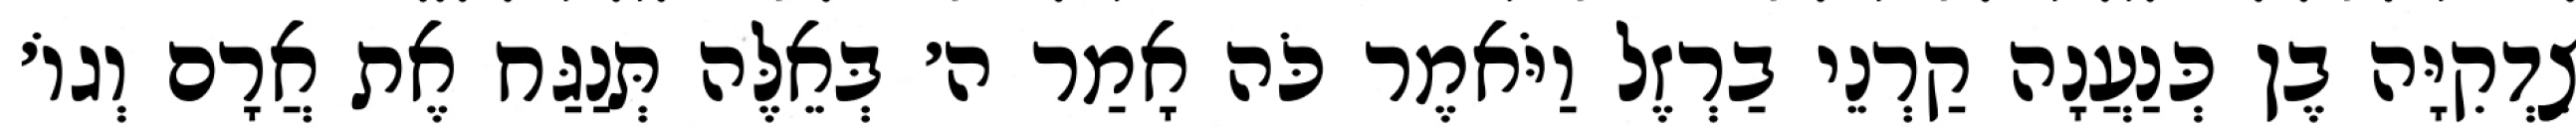
צִדְקִיָּה בֶן כְּנַעֲנָה קַרְנֵי בַרְזֶל וַיֹּאמֶר כֹּה אָמַר ה׳ בְּאֵלֶּה תְּנַגַּח אֶת אֲרָם וְגוֹ׳